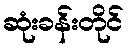
ဆုံးခန်းတိုင်